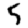
Digit: 5